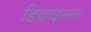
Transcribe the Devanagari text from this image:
डिव्हाइसला